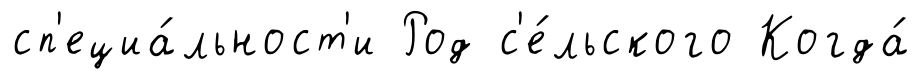
сп'ециа́льност'и Род с'е́льского Когда́